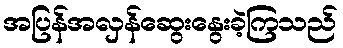
အပြန်အလှန်ဆွေးနွေးခဲ့ကြသည်